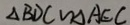
\Delta B D C \sim \Delta A E C